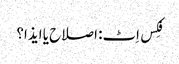
فِکس اِٹ: اصلاح یا ایذا؟